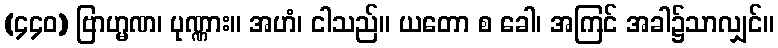
(၄၄၀) ဗြာဟ္မဏ၊ ပုဏ္ဏား။ အဟံ၊ ငါသည်။ ယတော စ ခေါ၊ အကြင် အခါ၌သာလျှင်။